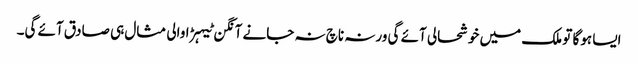
ایسا ہوگا تو ملک میں خوشحالی آئے گی ورنہ ناچ نہ جانے آنگن ٹیہڑا والی مثال ہی صادق آئے گی۔